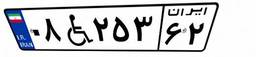
۰۸W۲۵۳۶۲